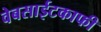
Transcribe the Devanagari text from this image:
वेबसाईटकाफी